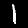
Label: 1